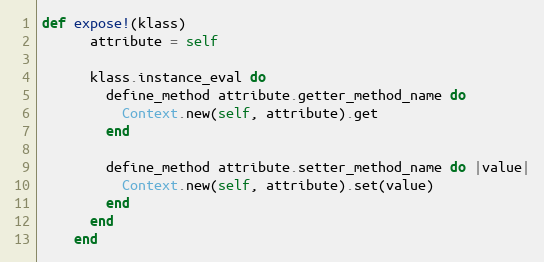
Language: Ruby
def expose!(klass)
      attribute = self

      klass.instance_eval do
        define_method attribute.getter_method_name do
          Context.new(self, attribute).get
        end

        define_method attribute.setter_method_name do |value|
          Context.new(self, attribute).set(value)
        end
      end
    end